Indian journal of veterinary science and animal husbandry - Volumes 15-17, 1948-1951
Year: 1948
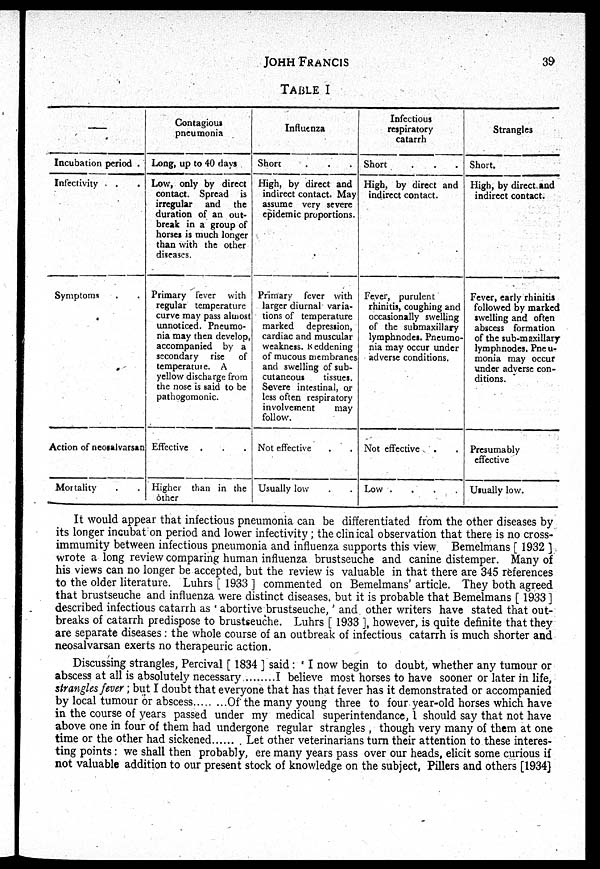
JOHN
FRANCIS
39
TABLE I
—
Incubation period .
Infectivity . .
Symptoms . .
Action of neosalvarsan
Mortality . .
Contagious
pneumonia
Long, up to 40 days
Low, only by direct
contact. Spread is
irregular and the
duration of an out-
break in a group of
horses is much longer
than with the other
diseases.
Primary fever with
regular temperature
curve may pass almost
unnoticed. Pneumo-
nia may then develop,
accompanied by a
secondary rise of
temperature. A
yellow discharge from
the nose is said to be
pathogomonic.
Effective . . .
Higher than in the
other
Influenza
Short . . .
High, by direct and
indirect contact. May
assume very severe
epidemic proportions.
Primary fever with
larger diurnal varia-
tions of temperature
marked depression,
cardiac and muscular
weakness. Reddening
of mucous membranes
and swelling of sub-
cutaneous
tissues.
Severe intestinal, or
less often respiratory
involvement
may
follow.
Not effective . .
Usually low . .
Infectious
respiratory
catarrh
Short . . .
High, by direct and
indirect contact.
Fever, purulent
rhinitis, coughing and
occasionally swelling
of the submaxillary
lymphnodes. Pneumo-
nia may occur under
adverse conditions.
Not effective . .
Low
.
.
.
.
Strangles
Short.
High, by direct and
indirect contact.
Fever, early rhinitis
followed by marked
swelling and often
abscess formation
of the sub-maxillary
lymphnodes. Pneu-
monia may occur
under adverse con-
ditions.
Presumably
effective
Usually low.
It would appear that infectious pneumonia can be differentiated from the other diseases by
its longer incubat on period and lower infectivity ; the clinical observation that there is no cross-
immumity between infectious pneumonia and influenza supports this view. Bemelmans [ 1932 ]
wrote a long review comparing human influenza brustseuche and canine distemper. Many of
his views can no longer be accepted, but the review is valuable in that there are 345 references
to the older literature. Luhrs [ 1933 ] commented on Bemelmans' article. They both agreed
that brustseuche and influenza were distinct diseases, but it is probable that Bemelmans [ 1933 ]
described infectious catarrh as ' abortive brustseuche, ' and other writers have stated that out-
breaks of catarrh predispose to brustseuche. Luhrs [ 1933 ], however, is quite definite that they
are separate diseases : the whole course of an outbreak of infectious catarrh is much shorter and
neosalvarsan exerts no therapeuric action.
Discussing strangles, Percival [ 1834 ] said : ' I now begin to doubt, whether any tumour or
abscess at all is absolutely necessary
I believe most horses to have sooner or later in life,
strangles fever ; but I doubt that everyone that has that fever has it demonstrated or accompanied
by local tumour or abscess
Of the many young three to four year-old horses which have
in the course of years passed under my medical superintendance, 1 should say that not have
above one in four of them had undergone regular strangles , though very many of them at one
time or the other had sickened . Let other veterinarians turn their attention to these interes-
ting points : we shall then probably, ere many years pass over our heads, elicit some curious if
not valuable addition to our present stock of knowledge on the subject, Pillers and others [1934]